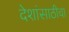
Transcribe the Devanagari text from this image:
देशांसाठीचा